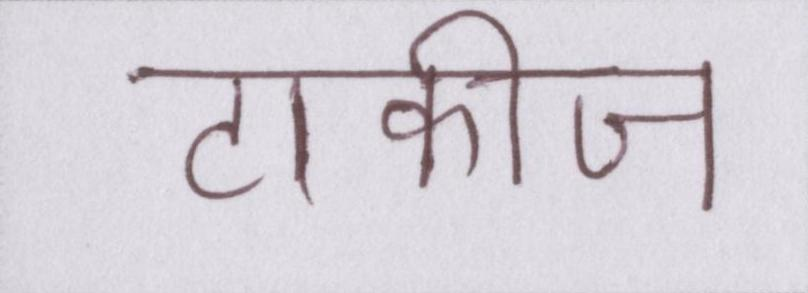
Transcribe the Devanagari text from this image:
टाकीज